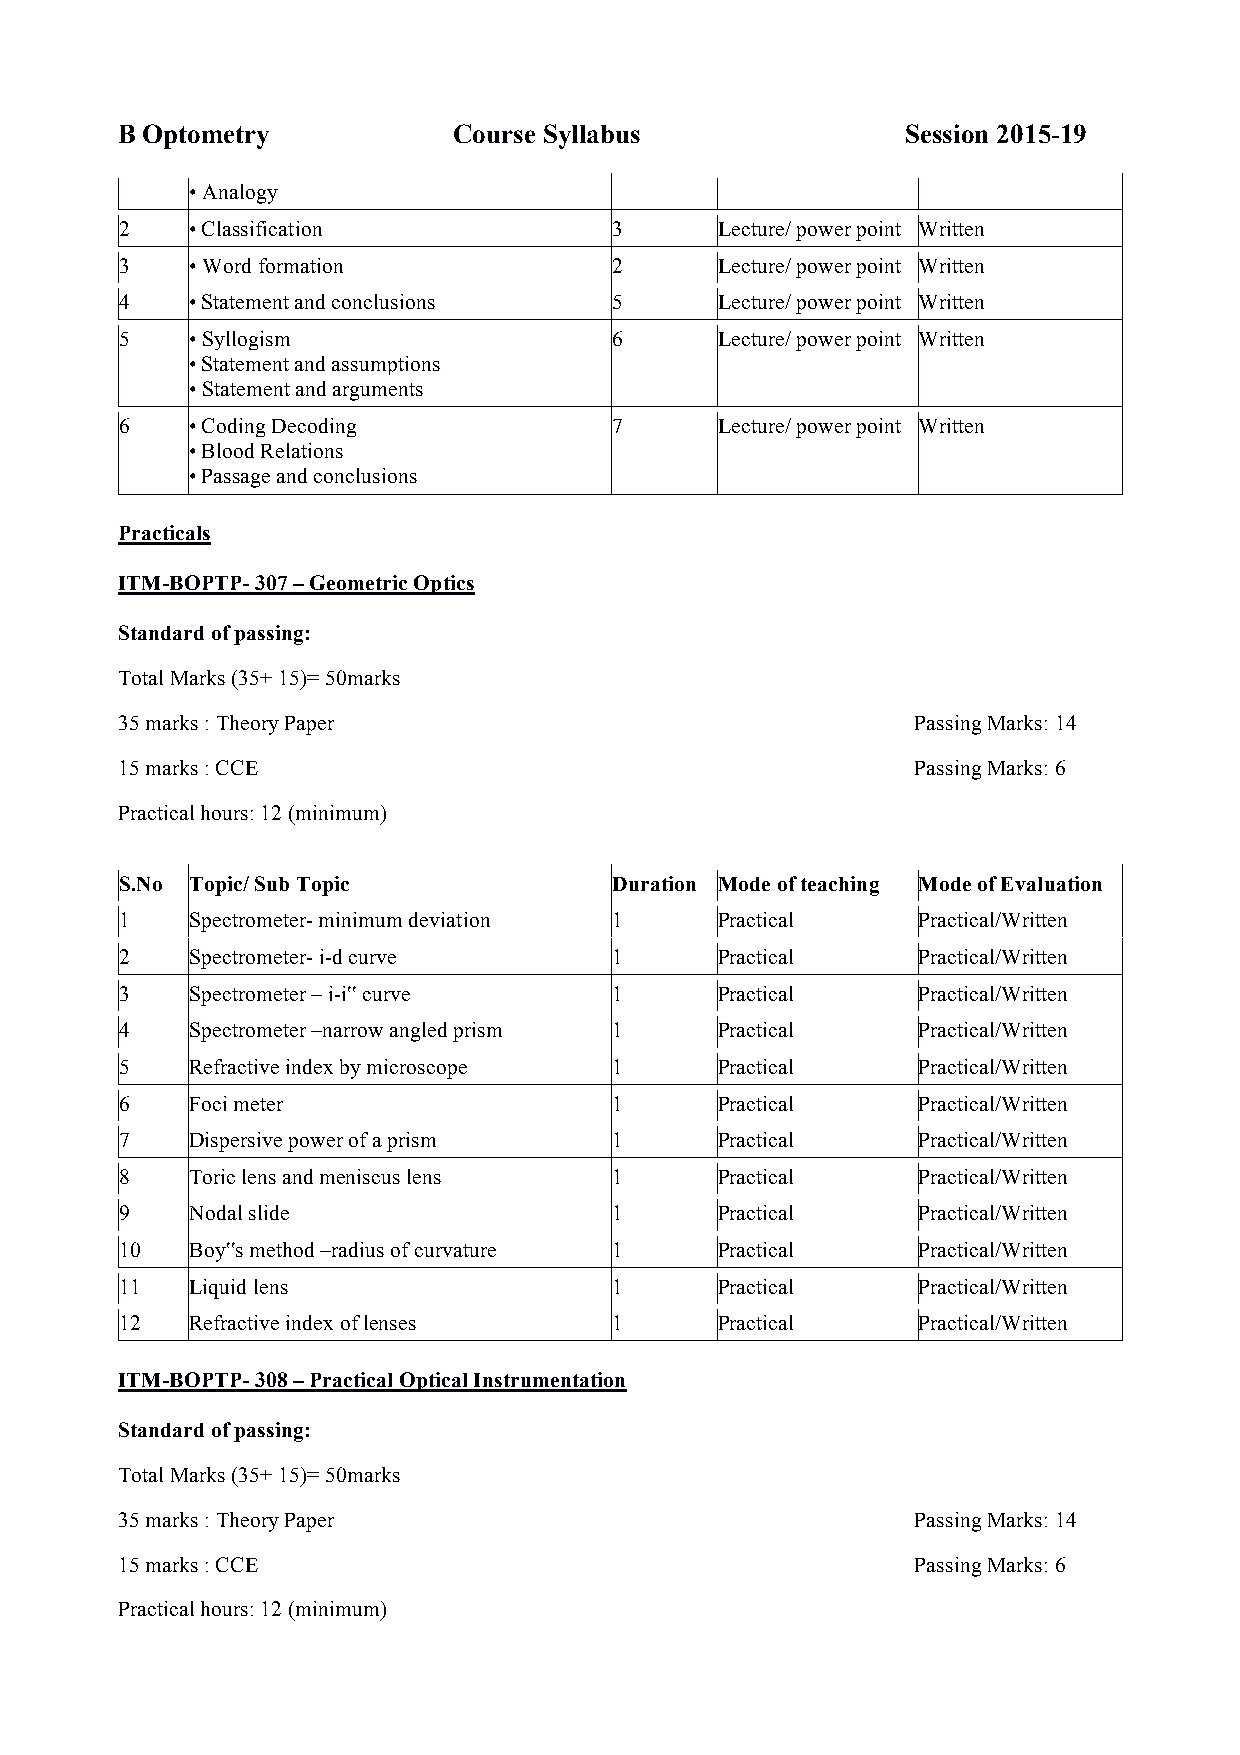
B Optometry           Course Syllabus               Session 2015-19
 • Analogy
 2    • Classification            3      Lecture/ power point Written
 3    • Word formation            2      Lecture/ power point Written
 4    • Statement and conclusions 5      Lecture/ power point Written
 5    • Syllogism                 6      Lecture/ power point Written
 • Statement and assumptions
 • Statement and arguments
 6    • Coding Decoding           7      Lecture/ power point Written
 • Blood Relations
 • Passage and conclusions
 Practicals
 ITM-BOPTP- 307 – Geometric Optics
 Standard of passing:
 Total Marks (35+ 15)= 50marks
 35 marks : Theory Paper                              Passing Marks: 14
 15 marks : CCE                                       Passing Marks: 6
 Practical hours: 12 (minimum)
 S.No Topic/ Sub Topic            Duration Mode of teaching Mode of Evaluation
 1    Spectrometer- minimum deviation 1  Practical    Practical/Written
 2    Spectrometer- i-d curve     1      Practical    Practical/Written
 3    Spectrometer – i-i‟ curve   1      Practical    Practical/Written
 4    Spectrometer –narrow angled prism 1 Practical   Practical/Written
 5    Refractive index by microscope 1   Practical    Practical/Written
 6    Foci meter                  1      Practical    Practical/Written
 7    Dispersive power of a prism 1      Practical    Practical/Written
 8    Toric lens and meniscus lens 1     Practical    Practical/Written
 9    Nodal slide                 1      Practical    Practical/Written
 10   Boy‟s method –radius of curvature 1 Practical   Practical/Written
 11   Liquid lens                 1      Practical    Practical/Written
 12   Refractive index of lenses  1      Practical    Practical/Written
 ITM-BOPTP- 308 – Practical Optical Instrumentation
 Standard of passing:
 Total Marks (35+ 15)= 50marks
 35 marks : Theory Paper                              Passing Marks: 14
 15 marks : CCE                                       Passing Marks: 6
 Practical hours: 12 (minimum)